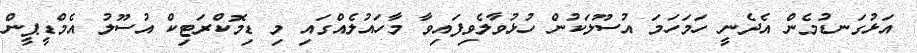
އަޅުގަނޑުމެން އެދެނީ ހަމަހަމަ އުސޫލަކުން ހުޅުވާލެވިފައިވާ މާހައުލެއްގައި މި ޑިމޮކްރަޓިކް އުސޫލު އެމްޑީޕީން